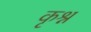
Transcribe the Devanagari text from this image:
कृश्न